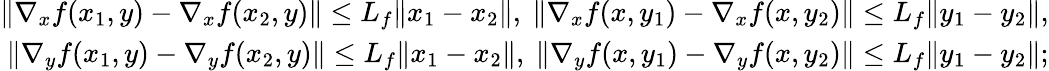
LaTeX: \begin{array}{r}{\| \nabla_{x}f(x_{1},y)-\nabla_{x}f(x_{2},y)\| \leq L_{f}\| x_{1}-x_{2}\| ,\ \| \nabla_{x}f(x,y_{1})-\nabla_{x}f(x,y_{2})\| \leq L_{f}\| y_{1}-y_{2}\| ,}\\ {\| \nabla_{y}f(x_{1},y)-\nabla_{y}f(x_{2},y)\| \leq L_{f}\| x_{1}-x_{2}\| ,\ \| \nabla_{y}f(x,y_{1})-\nabla_{y}f(x,y_{2})\| \leq L_{f}\| y_{1}-y_{2}\| ;}\end{array}